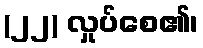
(၂၂) လှုပ်စေ၏၊